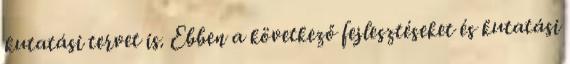
kutatási tervet is. Ebben a következő fejlesztéseket és kutatási